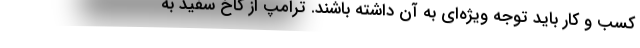
کسب و کار باید توجه ویژه‌ای به آن داشته باشند. ترامپ از کاخ سفید به